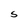
Character: S